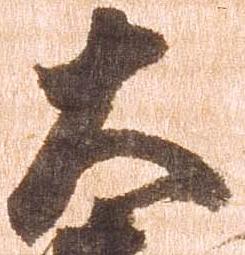
大